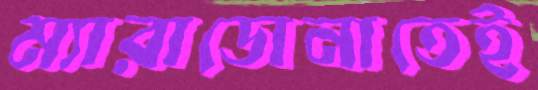
ম্যারাডোনাতেই